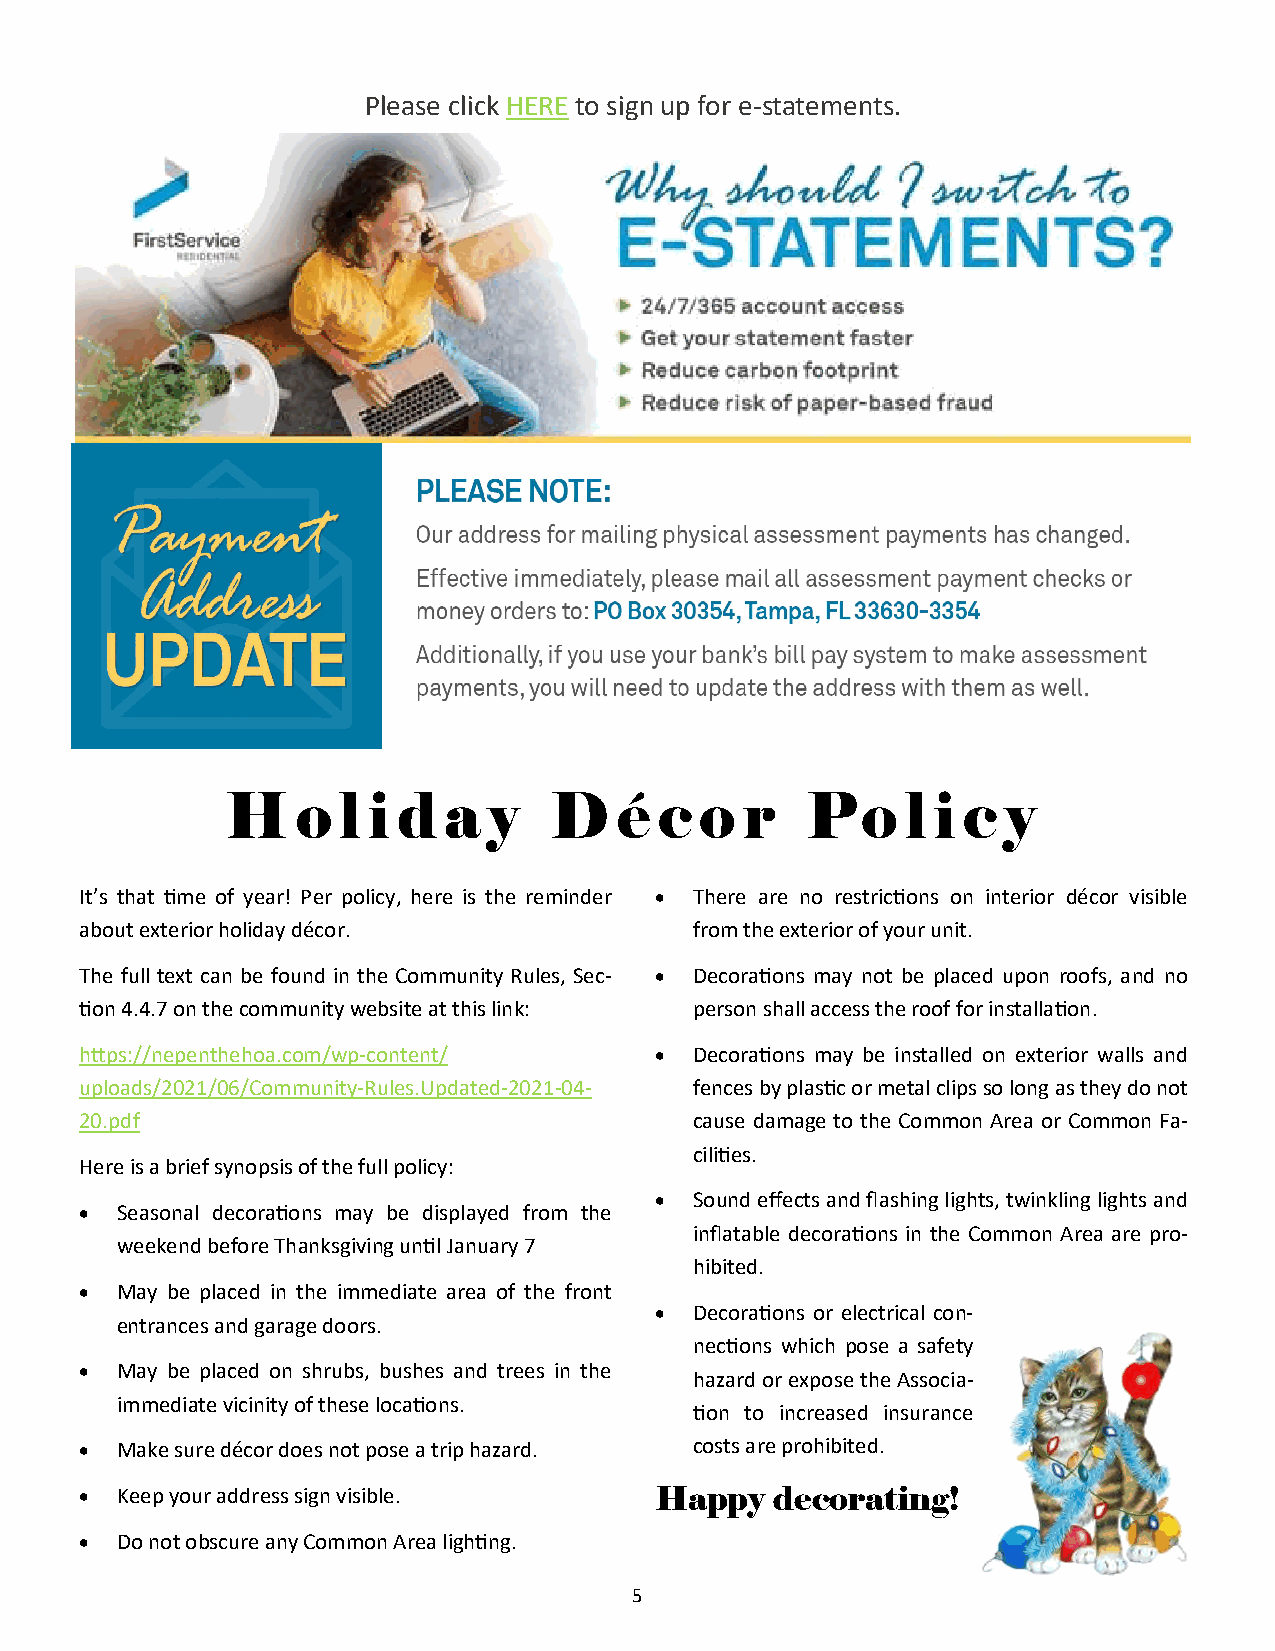
Please click HERE to sign up for e-statements.
 H    o l i d  a  y   D    é  c o  r   Po     l i c y
 It’s that me of year! Per policy, here is the reminder  There are no restricons on interior décor visible
 about exterior holiday décor.            from the exterior of your unit.
 The full text can be found in the Community Rules, Sec-  Decoraons may not be placed upon roofs, and no
 on 4.4.7 on the community website at this link: person shall access the roof for installaon.
 hps://nepenthehoa.com/wp-content/      Decoraons may be installed on exterior walls and
 uploads/2021/06/Community-Rules.Updated-2021-04- fences by plasc or metal clips so long as they do not
 20.pdf                                   cause damage to the Common Area or Common Fa-
 cilies.
 Here is a brief synopsis of the full policy:
   Sound effects and flashing lights, twinkling lights and
   Seasonal decoraons may be displayed from the
 inflatable decoraons in the Common Area are pro-
 weekend before Thanksgiving unl January 7
 hibited.
   May be placed in the immediate area of the front
   Decoraons or electrical con-
 entrances and garage doors.
 necons which pose a safety
   May be placed on shrubs, bushes and trees in the
 hazard or expose the Associa-
 immediate vicinity of these locaons.
 on to increased insurance
   Make sure décor does not pose a trip hazard. costs are prohibited.
   Keep your address sign visible.    Happy   decorating!
   Do not obscure any Common Area lighng.
 5